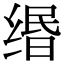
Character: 缗